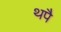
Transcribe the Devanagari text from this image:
थपै